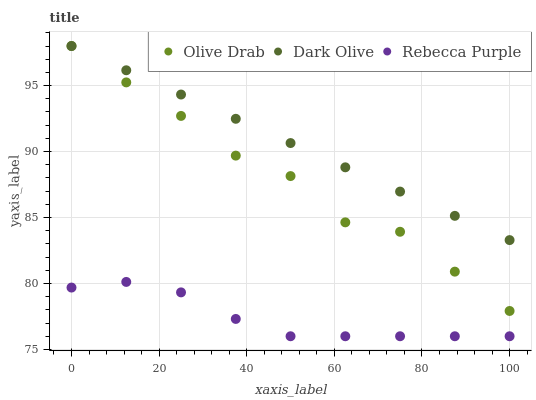
| xaxis_label | Olive Drab | Dark Olive | Rebecca Purple |
 | --- | --- | --- | --- |
 | 0 | 98 | 98 | 79.7 |
 | 12.5 | 95.2 | 96.2 | 80.1 |
 | 25 | 92.7 | 94.3 | 79.3 |
 | 37.5 | 89.7 | 92.5 | 77.3 |
 | 50 | 88.1 | 90.6 | 76 |
 | 62.5 | 84.6 | 88.8 | 76 |
 | 75 | 83.9 | 87 | 76 |
 | 87.5 | 80.9 | 85.1 | 76 |
 | 100 | 77.9 | 83.3 | 76 |